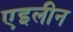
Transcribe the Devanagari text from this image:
एइलीन